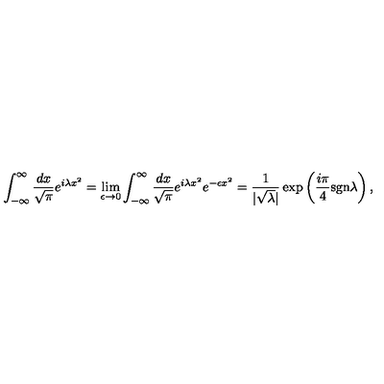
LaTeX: \int _ { - \infty } ^ { \infty } \frac { d x } { \sqrt { \pi } } e ^ { i \lambda x ^ { 2 } } = \lim _ { \epsilon \rightarrow 0 } \int _ { - \infty } ^ { \infty } \frac { d x } { \sqrt { \pi } } e ^ { i \lambda x ^ { 2 } } e ^ { - \epsilon x ^ { 2 } } = \frac { 1 } { | \sqrt { \lambda } | } \exp \left( \frac { i \pi } { 4 } \mathrm { s g n } \lambda \right) ,